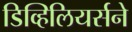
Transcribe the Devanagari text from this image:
डिव्हिलियर्सने